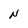
Character: N